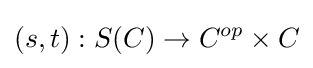
(s,t):S(C)\to C^{op}\times C